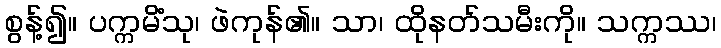
စွန့်၍။ ပက္ကမိံသု၊ ဖဲကုန်၏။ သာ၊ ထိုနတ်သမီးကို။ သက္ကဿ၊